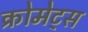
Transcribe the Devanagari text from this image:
क्रोमेट्स